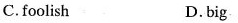
C.foolish D.big